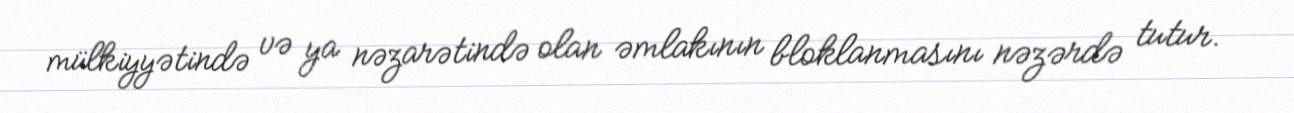
mülkiyyətində və ya nəzarətində olan əmlakının bloklanmasını nəzərdə tutur.